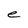
Character: e